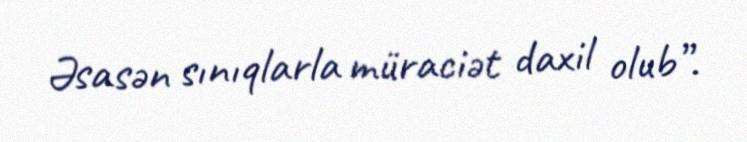
Əsasən sınıqlarla müraciət daxil olub”.